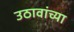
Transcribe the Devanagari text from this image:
उठावांच्या